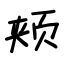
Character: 颊